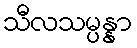
သီလသမ္ပန္နာ